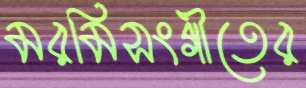
মরমিসংগীতের